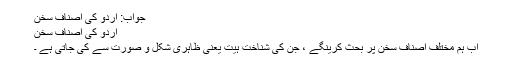
جواب: اردو کی اصنافِ سخن
اردو کی اصنافِ سخن​
اب ہم مختلف اصنافِ سخن پر بحث کرینگے ، جن کی شناخت ہیت یعنی ظاہری شکل و صورت سے کی جاتی ہے ۔